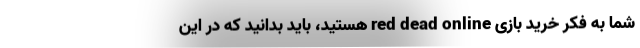
شما به فکر خرید بازی red dead online هستید، باید بدانید که در این